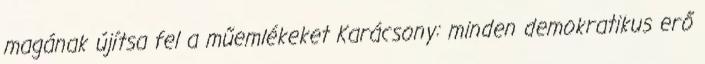
magának újítsa fel a műemlékeket Karácsony: minden demokratikus erő